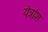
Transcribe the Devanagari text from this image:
यंत्रांश